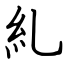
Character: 糺